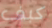
كبف